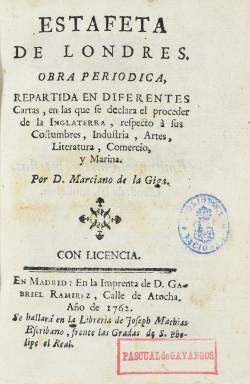
Título: Estafeta de Londres
Colección: Gacetas || Agricultura y ganadería || Economía
Ámbito geográfico: Madrid
Lugar de publicación: En Madrid
Fechas: 01/01/1762-31/12/1762

Este periódico editado en 1762 por Francisco Mariano Nifo, considerado el primer periodista profesional de España, se publicó el mismo año en que comenzó a editarse El Pensador de José Clavijo y Fajardo, periódico con el que comparte su espíritu ilustrado y su crítica social y de costumbres.

   La originalidad de la Estafeta de Londres de Nifo reside en poner como ejemplo a Inglaterra como la nación en que debería mirarse España para lograr un avance en todos los órdenes de la vida colectiva. Cuando se empezó a publicar, septiembre de 1762, España estaba en guerra con Inglaterra, en la llamada Guerra de los Siete Años (1756-1763), en la que se vieron involucradas las principales potencias de Europa y otros países. En el caso español lo que se dirimía era el control de las colonias americanas.

  La publicación está estructurada en cartas, es decir cada número era una carta no dirigida a nadie en particular sino a influyentes personajes anónimos o a la nación española, procedimiento de correspondencia ficticia que era ya corriente en Europa. Nifo simula que es un viajero español que recorre tierras inglesas y da cuenta a sus lectores españoles de lo que ve y averigua.

  En total se publicaron 15 cartas con periodicidad semanal de septiembre a diciembre de 1762. Todos los números son de 32 páginas salvo la primera carta que tiene 74 porque incluye una introducción dando cuenta del propósito del autor. Esta introducción y la primera carta llevan el nombre de Marciano de la Giga, seudónimo de Francisco Mariano Nifo, quien firmará ya con su nombre a partir de la segunda carta.

   En la última carta, la 15, se contiene una tabla con el sumario de todas ellas. Esta última es un resumen de motivo principal que llevó a Nifo a editar esta publicación y dice así: ‘Convidando a los españoles sabios y bien intencionados a que concurran con su aplicación y trabajos a sacar a la España de la esclavitud en que llora, respecto al atraso en Ciencias, Artes, Comercio, Navegación y sobre todo Agricultura’.

  En efecto, a lo largo de las cartas el periodista ha ido hablando de cada una de esas materias para hacer ver como Inglaterra es superior a España en todas ellas.

[Descripción publicada el 16/8/2022]